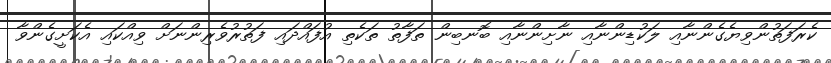
ކެރަފަތުންވިޔެގެންނާއި ލަކުޑިންނާއި ނާށިންނާއި ބޮނބިން ތަފާތު ތަކެތި އުފައްދައި ފަތުރުވެރިންނަށް ވިއްކައި އެކަށީގެންވާ